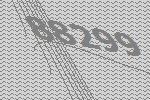
88299